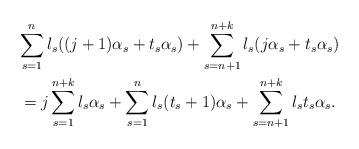
LaTeX: \begin{gather*}\sum_{s=1}^{n}l_{s}((j+1)\alpha_{s}+t_{s}\alpha_{s})\allowbreak+\allowbreak\sum_{s=n+1}^{n+k}l_{s}(j\alpha_{s}+t_{s}\alpha_{s})\allowbreak\\=\allowbreak j\sum_{s=1}^{n+k}l_{s}\alpha_{s}+\sum_{s=1}^{n}l_{s}(t_{s}+1)\alpha_{s}+\sum_{s=n+1}^{n+k}l_{s}t_{s}\alpha_{s}.\end{gather*}